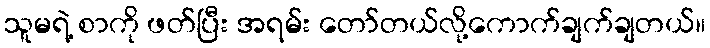
သူမရဲ့ စာကို ဖတ်ပြီး အရမ်း တော်တယ်လို့ကောက်ချက်ချတယ်။